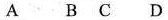
A B C D